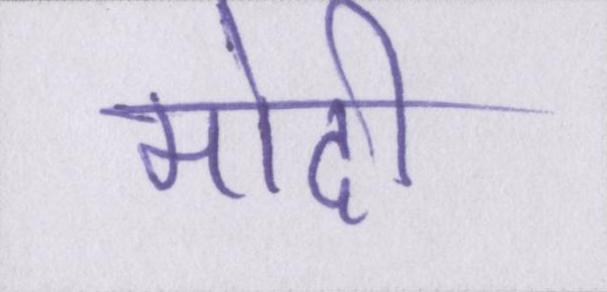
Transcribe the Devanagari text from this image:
मोदी